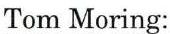
Tom Moring: